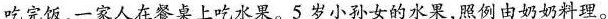
吃完饭，一家人在餐桌上吃水果。5岁小孙女的水果，照例由奶奶料理。